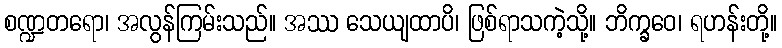
စဏ္ဍတရော၊ အလွန်ကြမ်းသည်။ အဿ သေယျထာပိ၊ ဖြစ်ရာသကဲ့သို့။ ဘိက္ခဝေ၊ ရဟန်းတို့။